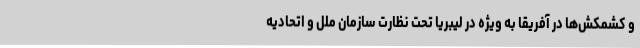
و کشمکش‌ها در آفریقا به ویژه در لیبریا تحت نظارت سازمان ملل و اتحادیه